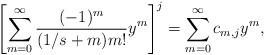
LaTeX: \begin{align*}\left[\sum_{m=0}^\infty\frac{(-1)^m}{(1/s+m)m!}y^m \right]^j=\sum_{m=0}^\infty c_{m,j} y^{m},\end{align*}